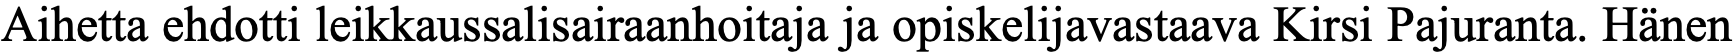
Aihetta ehdotti leikkaussalisairaanhoitaja ja opiskelijavastaava Kirsi Pajuranta. Hänen